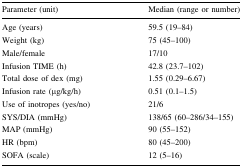
| Parameter (unit) | Median (range or number) |
 | --- | --- |
 | Age (years) | 59.5 (19–84) |
 | Weight (kg) | 75 (45–100) |
 | Male/female | 17/10 |
 | Infusion TIME (h) | 42.8 (23.7–102) |
 | Total dose of dex (mg) | 1.55 (0.29–6.67) |
 | Infusion rate (μg/kg/h) | 0.51 (0.1–1.5) |
 | Use of inotropes (yes/no) | 21/6 |
 | SYS/DIA (mmHg) | 138/65 (60–286/34–155) |
 | MAP (mmHg) | 90 (55–152) |
 | HR (bpm) | 80 (45–200) |
 | SOFA (scale) | 12 (5–16) |